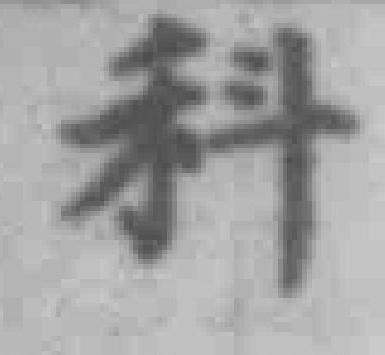
科